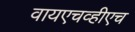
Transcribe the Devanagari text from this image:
वायएचव्हीएच